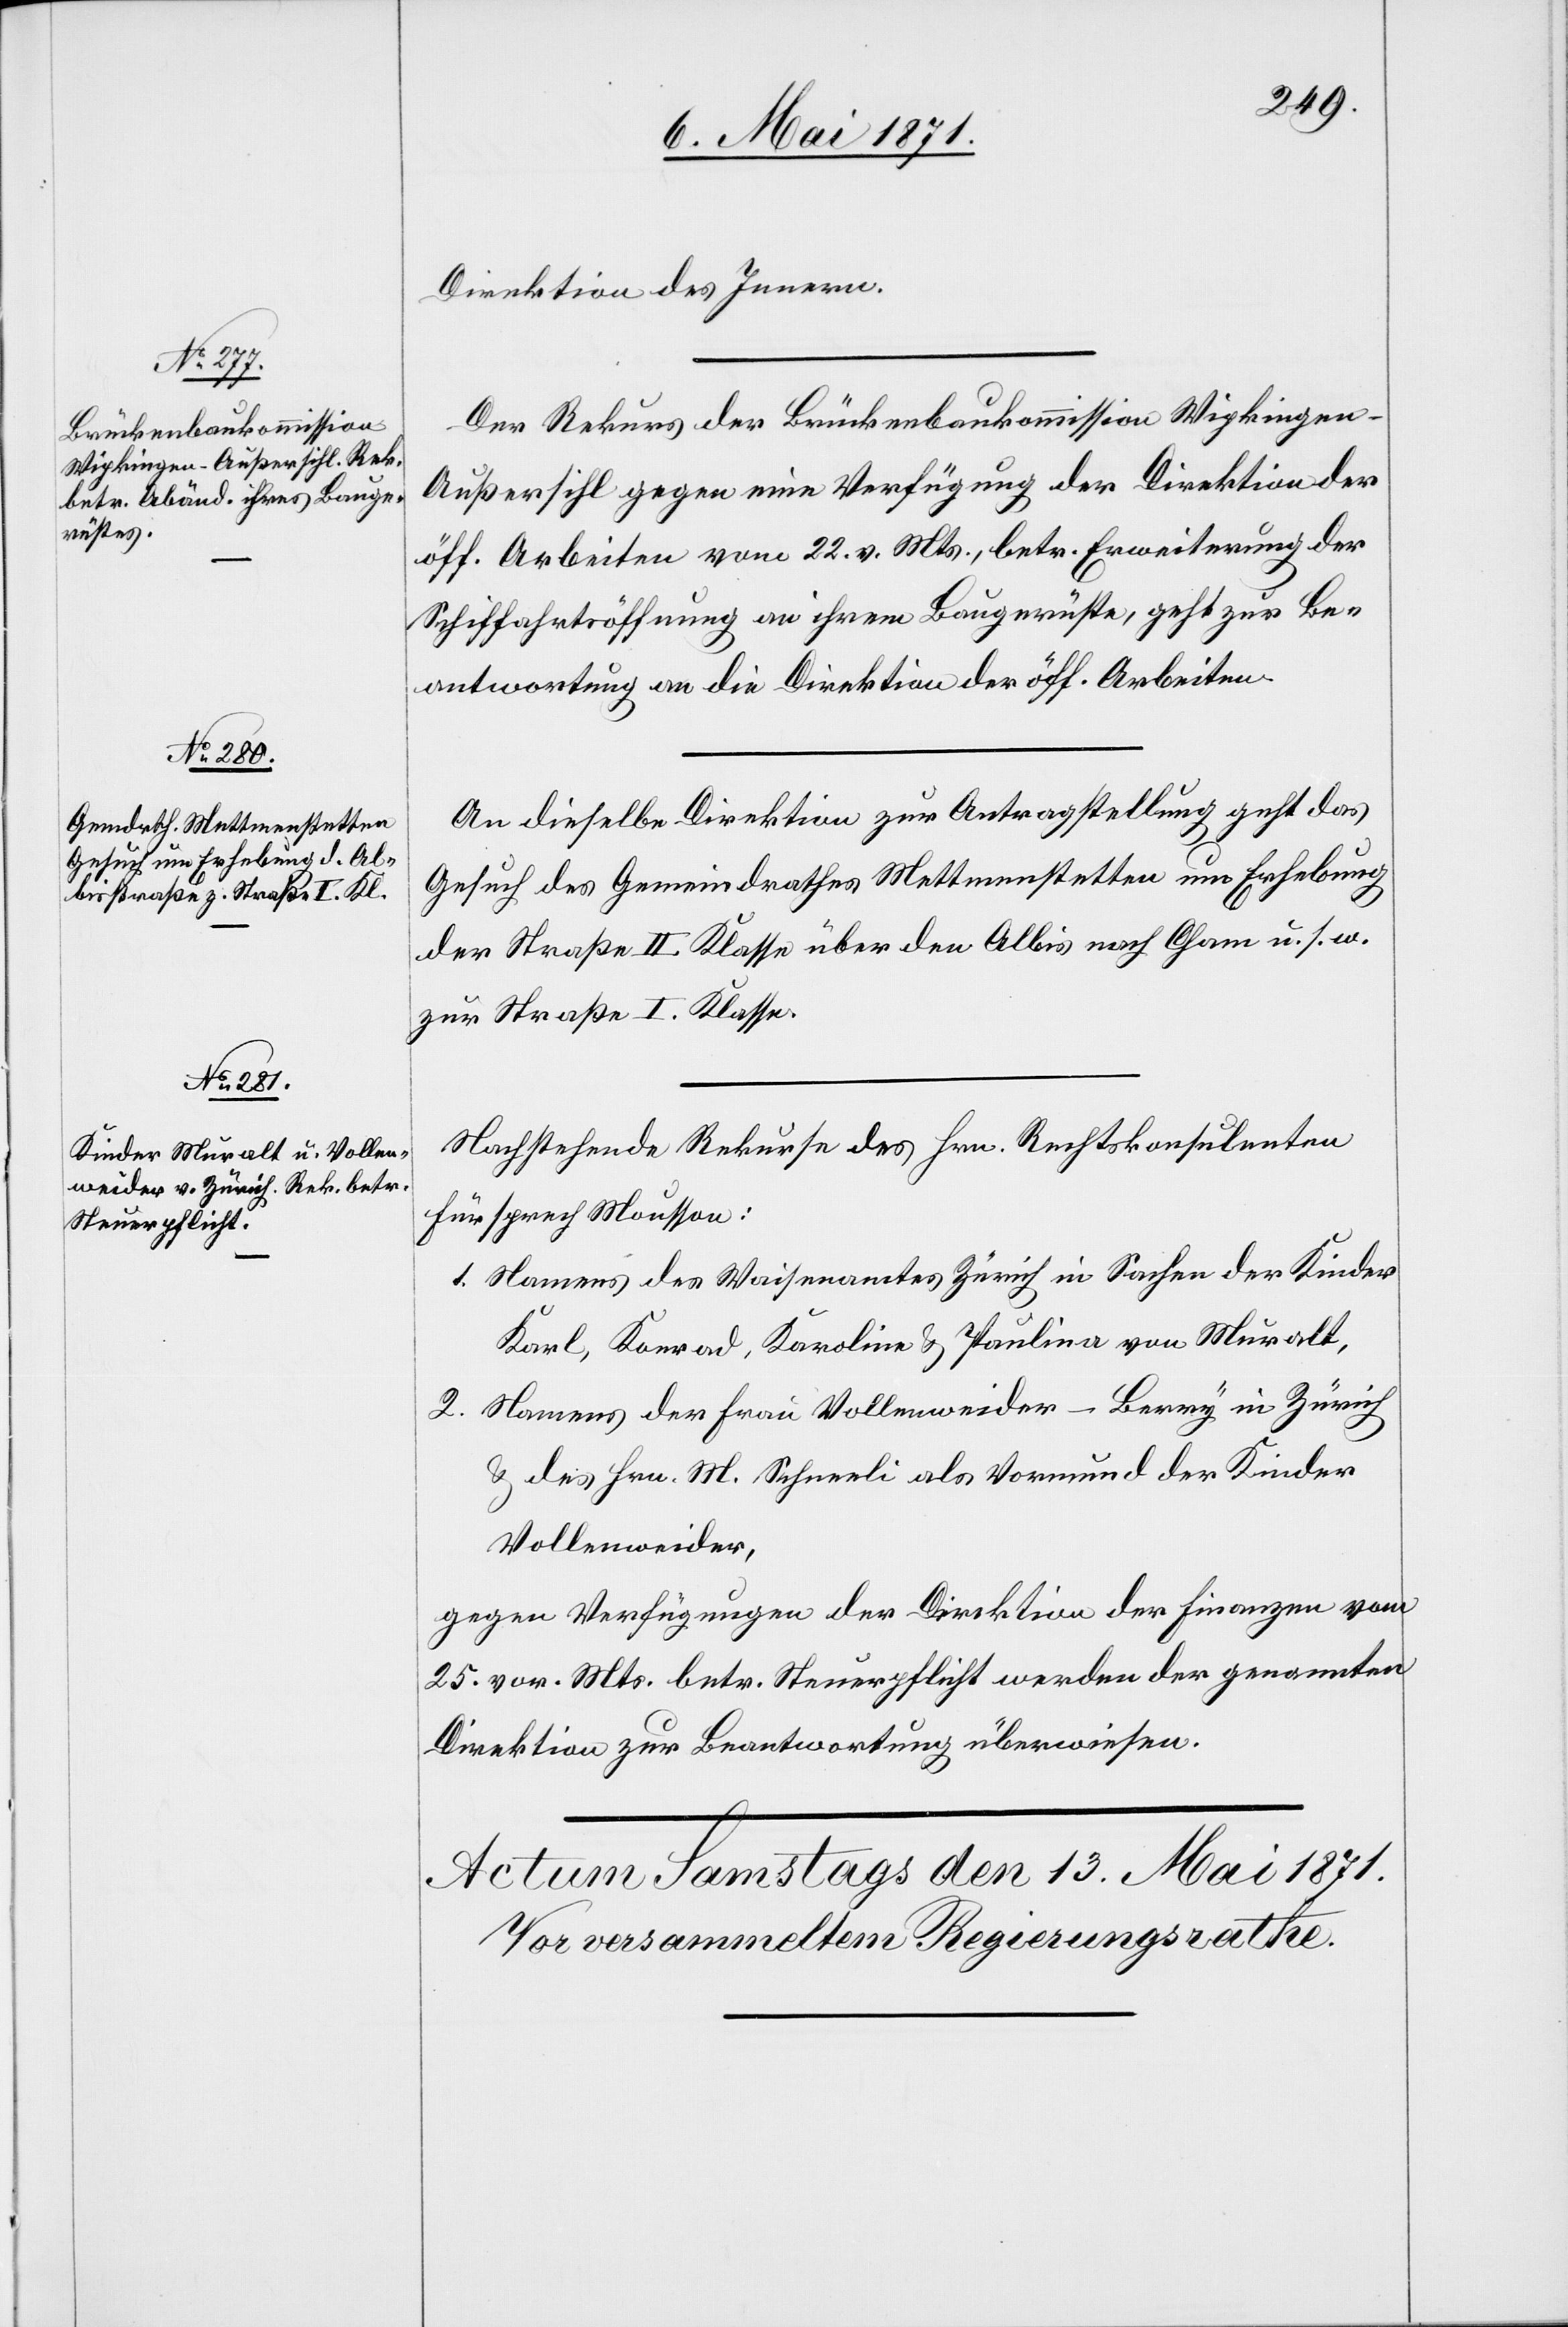
12. Mai 1871.]
Direktion des Innern.
Der Rekurs der Brückenbaukommission Wipkingen-A¬
ußersihl gegen eine Verfügung der Direktion der
öff. Arbeiten vom 22. v. Mts., betr. Erweiterung der
Schiffahrtöffnung an ihrem Baugerüste, geht zur Be¬
antwortung an die Direktion der öff. Arbeiten.
An dieselbe Direktion zur Antragstellung geht das
Gesuch des Gemeindrathes Mettmenstetten um Erhebung
der Straße II. Klasse über den Albis nach Cham u. s. w.
zur Straße I. Klasse.
Nachstehende Rekurse des Hrn. Rechtskonsulenten
Fürsprech Mousson:
1. Namens des Waisenamtes Zürich in Sachen der Kinder
Karl, Konrad, Karoline u. Paulina von Muralt,
2. Namens der Frau Vollenweider-Berry in Zürich
u. des Hrn. M. Schneeli als Vormund der Kinder
Vollenweider,
gegen Verfügung der Direktion der Finanzen vom
25. vor. Mts. betr. Steuerpflicht werden der genannten
Direktion zur Beantwortung überwiesen.